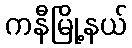
ကနီမြို့နယ်